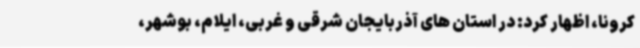
کرونا، اظهار کرد: در استان های آذربایجان شرقی و غربی، ایلام، بوشهر،